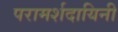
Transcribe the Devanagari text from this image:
परामर्शदायिनी